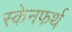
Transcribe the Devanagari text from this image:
स्केनफर्थ